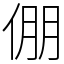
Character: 倗